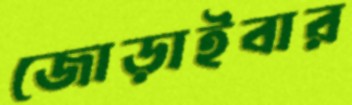
জোড়াইবার